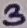
Text: 3